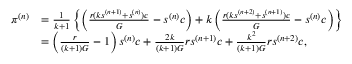
\begin{array} { r l } { \pi ^ { ( n ) } } & { = \frac { 1 } { k + 1 } \left\{ \left( \frac { r ( k s ^ { ( n + 1 ) } + s ^ { ( n ) } ) c } { G } - s ^ { ( n ) } c \right) + k \left( \frac { r ( k s ^ { ( n + 2 ) } + s ^ { ( n + 1 ) } ) c } { G } - s ^ { ( n ) } c \right) \right\} } \\ & { = \left( \frac { r } { ( k + 1 ) G } - 1 \right) s ^ { ( n ) } c + \frac { 2 k } { ( k + 1 ) G } r s ^ { ( n + 1 ) } c + \frac { k ^ { 2 } } { ( k + 1 ) G } r s ^ { ( n + 2 ) } c , } \end{array}